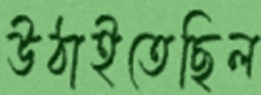
উঠাইতেছিল